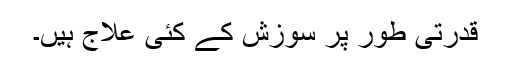
قدرتی طور پر سوزش کے کئی علاج ہیں۔